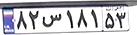
۸۲س۱۸۱۵۳